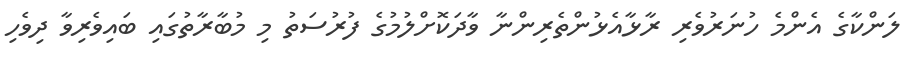
ލަންކާގެ އެންމެ ހުނަރުވެރި ރާޅާއެޅުންތެރިންނާ ވާދަކޮށްލުމުގެ ފުރުސަތު މި މުބާރާތުގައި ބައިވެރިވާ ދިވެހި